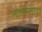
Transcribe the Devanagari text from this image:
तोल्स्तोइ